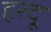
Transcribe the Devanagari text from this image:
हरदू